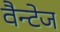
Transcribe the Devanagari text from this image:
वैन्टेज